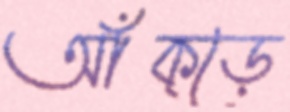
আঁক্‌ড়ে